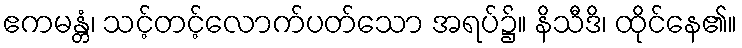
ဧကမန္တံ၊ သင့်တင့်လောက်ပတ်သော အရပ်၌။ နိသီဒိ၊ ထိုင်နေ၏။